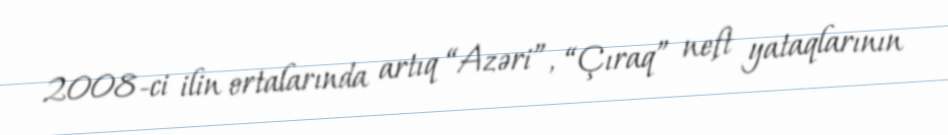
2008-ci ilin ortalarında artıq “Azəri”, “Çıraq” neft yataqlarının